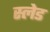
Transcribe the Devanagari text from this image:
स्‍लेड